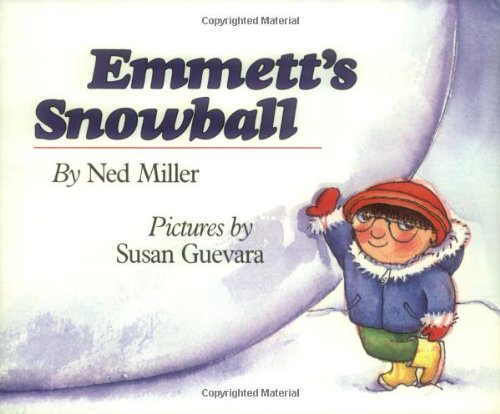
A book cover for Emmett's Snowball (Henry Holt Young Readers); Ned Miller; Children's Books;